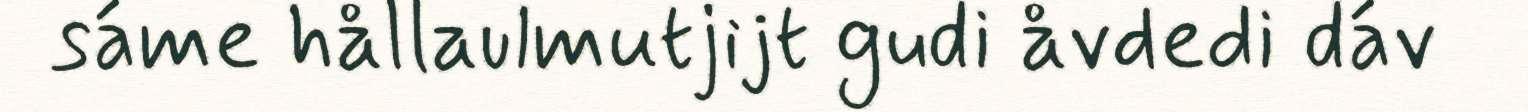
sáme hållaulmutjijt gudi åvdedi dáv